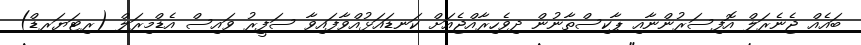
ބައެއް ޖެނެރަލް އޮފިސަރުންނާއި ޕާކިސްތާނުން ދިވެހިރާއްޖެއަށް ކަނޑައަޅުއްވާފައިވާ ސަފީރު ވައިސް އެޑްމިރަލް (ރިޓަޔަރޑް)